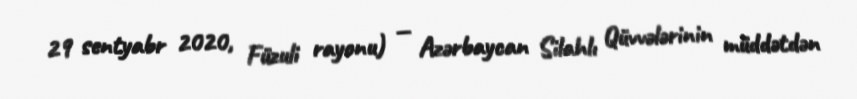
29 sentyabr 2020, Füzuli rayonu) — Azərbaycan Silahlı Qüvvələrinin müddətdən